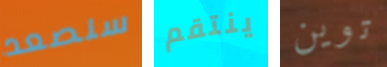
سنصعد ينتقم توين